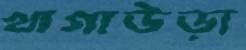
খাগাউড়া